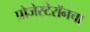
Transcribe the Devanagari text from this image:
प्रोजेस्टेरॉनचा